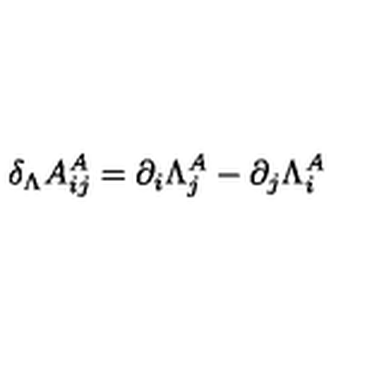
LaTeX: \delta _ { \Lambda } A _ { i j } ^ { A } = \partial _ { i } \Lambda _ { j } ^ { A } - \partial _ { j } \Lambda _ { i } ^ { A }